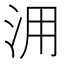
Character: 𣳔